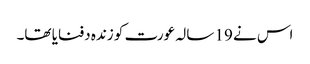
اس نے 19 سالہ عورت کو زندہ دفنایا تھا۔